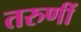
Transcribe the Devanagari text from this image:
तरुणीं